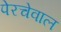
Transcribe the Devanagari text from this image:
पेरचेवाल